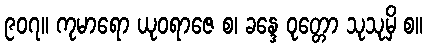
၉၀၇။ ကုမာရော ယုဝရာဇေ စ၊ ခန္ဒေ ဝုတ္တော သုသုမှိ စ။